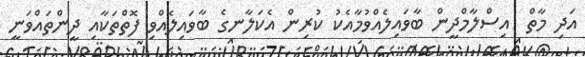
އަދި މާތް  އިސްލާމްދީން ބާވައިލެއްވުމާއެކު ކުރިން އެކަލާނގެ ބާވައިލެއްވި ފޮތްތަކާއި ދީންތައްވަނީ